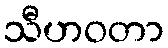
သီဟဝတာ